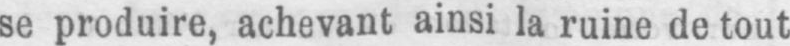
se produire, achevant ainsi la ruine de tout